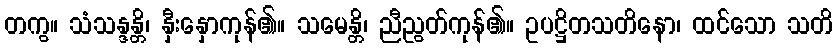
တကွ။ သံသန္ဒန္တိ၊ နှီးနှောကုန်၏။ သမေန္တိ၊ ညီညွတ်ကုန်၏။ ဥပဋ္ဌိတသတိနော၊ ထင်သော သတိ